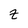
Character: z